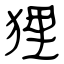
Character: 狸